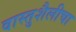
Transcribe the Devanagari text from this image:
वास्तुशैलीचा